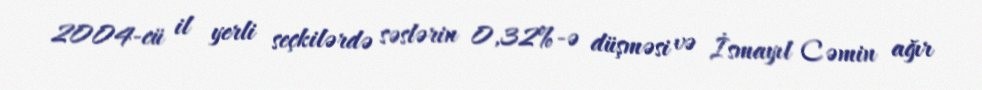
2004-cü il yerli seçkilərdə səslərin 0,32%-ə düşməsi və İsmayıl Cəmin ağır